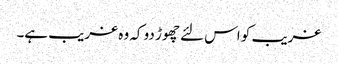
غریب کو اس لئے چھوڑ دو کہ وہ غریب ہے۔